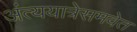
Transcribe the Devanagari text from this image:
अंत्ययात्रेसमवेत